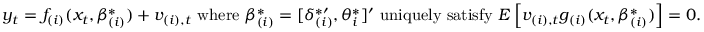
y _ { t } = f _ { ( i ) } ( x _ { t } , \beta _ { ( i ) } ^ { \ast } ) + v _ { ( i ) , t } \mathrm { ~ w h e r e ~ } \beta _ { ( i ) } ^ { \ast } = [ \delta _ { ( i ) } ^ { \ast \prime } , \theta _ { i } ^ { \ast } ] ^ { \prime } \mathrm { ~ u n i q u e l y ~ s a t i s f y ~ } E \left[ v _ { ( i ) , t } g _ { ( i ) } ( x _ { t } , \beta _ { ( i ) } ^ { \ast } ) \right] = 0 .